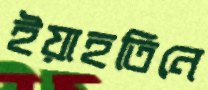
ইয়াহতিনে